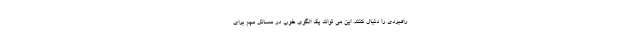
راهبردی را دنبال کنند. این می تواند یک الگوی خوب در مسائل مهم برای